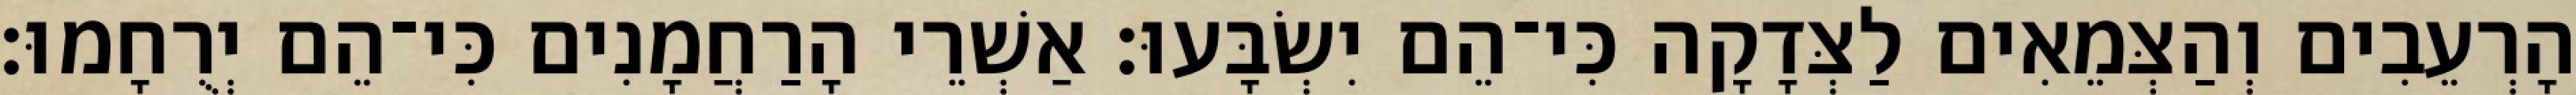
הָרְעֵבִים וְהַצְּמֵאִים לַצְּדָקָה כִּי־הֵם יִשְׂבָּעוּ׃ אַשְׁרֵי הָרַחֲמָנִים כִּי־הֵם יְרֻחָמוּ׃